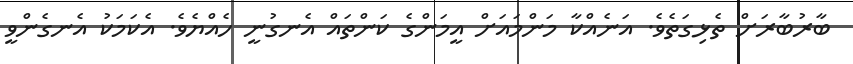
ބާރުބާރަށް ތެޅިގަތެވެ. އަނެއްކާ މަންމައަށް އީމަންގެ ކަންތައް އެނގުނީ ހެއްޔެވެ. އެކަމަކު އެނގެންވީ